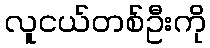
လူငယ်တစ်ဦးကို